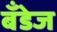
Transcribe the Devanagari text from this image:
बँडेज